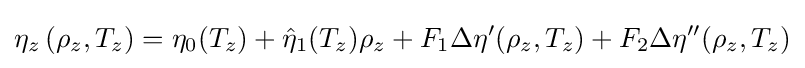
\eta _{z}\left(\rho _{z},T_{z}\right)=\eta _{0}(T_{z})+{\hat {\eta }}_{1}(T_{z})\rho _{z}+F_{1}\Delta \eta '(\rho _{z},T_{z})+F_{2}\Delta \eta ''(\rho _{z},T_{z})